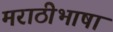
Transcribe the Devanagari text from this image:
मराठीभाषा